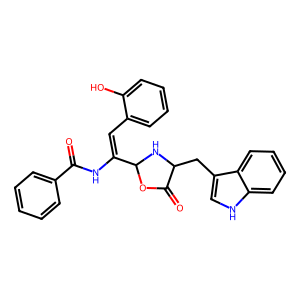
SMILES: O=C(NC(=Cc1ccccc1O)C1NC(Cc2c[nH]c3ccccc23)C(=O)O1)c1ccccc1
Inhibits HIV replication: No